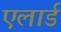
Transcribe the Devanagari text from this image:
एलार्ड